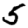
Digit: 5